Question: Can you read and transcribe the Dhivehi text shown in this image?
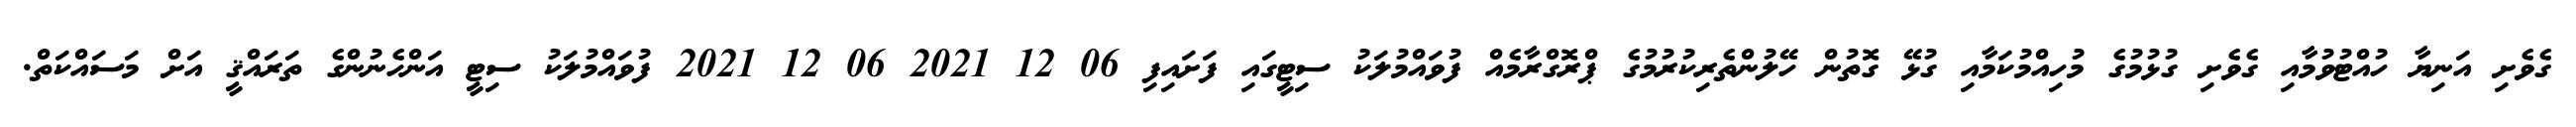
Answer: ގެވެށި އަނިޔާ ހުއްޓުވުމާއި ގެވެށި ގުޅުމުގެ މުހިއްމުކަމާއި ގުޅޭ ގޮތުން ހޭލުންތެރިކުރުމުގެ ޕްރޮގްރާމެއް ފުވައްމުލަކު ސިޓީގައި ފަށައިފި 06 12 2021 06 12 2021 ފުވައްމުލަކު ސިޓީ އަންހެނުންގެ ތަރައްޤީ އަށް މަސައްކަތް.